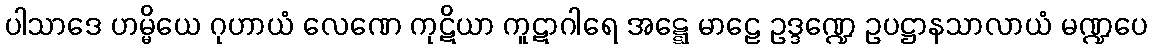
ပါသာဒေ ဟမ္မိယေ ဂုဟာယံ လေဏေ ကုဋိယာ ကူဋာဂါရေ အဋ္ဋေ မာဠေ ဥဒ္ဒဏ္ဍေ ဥပဋ္ဌာနသာလာယံ မဏ္ဍပေ